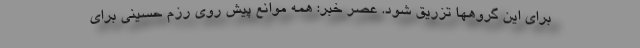
برای این گروهها تزریق شود. عصر خبر: همه موانع پیش روی رزم حسینی برای